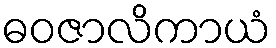
ဓဝဇာလိကာယံ